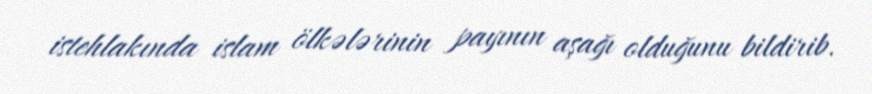
istehlakında islam ölkələrinin payının aşağı olduğunu bildirib.